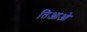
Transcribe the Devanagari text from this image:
तिआओ